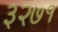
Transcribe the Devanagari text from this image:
३२७१